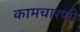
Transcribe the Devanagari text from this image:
कामचारणी